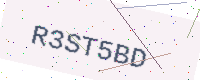
Text: R3ST5BD